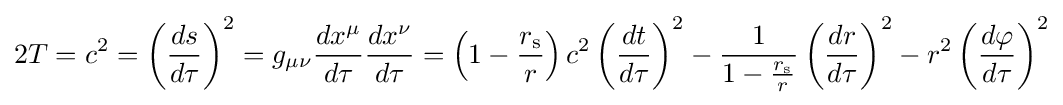
2T=c^{2}=\left({\frac {ds}{d\tau }}\right)^{2}=g_{\mu \nu }{\frac {dx^{\mu }}{d\tau }}{\frac {dx^{\nu }}{d\tau }}=\left(1-{\frac {r_{\text{s}}}{r}}\right)c^{2}\left({\frac {dt}{d\tau }}\right)^{2}-{\frac {1}{1-{\frac {r_{\text{s}}}{r}}}}\left({\frac {dr}{d\tau }}\right)^{2}-r^{2}\left({\frac {d\varphi }{d\tau }}\right)^{2}